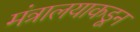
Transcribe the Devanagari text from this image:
मंत्रालयाकडून